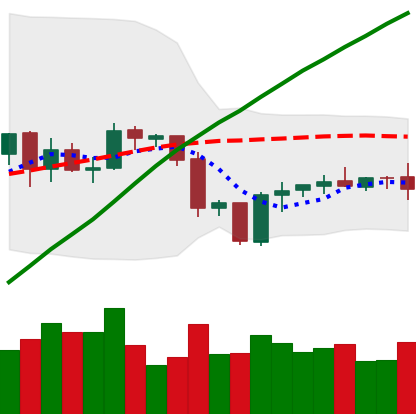
Ticker: ETH-USD
Chart end date: 2020-10-01
Forward return: -3.508%
Label: down_3_5